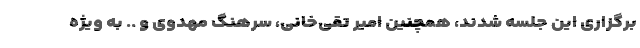
برگزاری این جلسه شدند، همچنین امیر تقی‌خانی، سرهنگ مهدوی و .. به ویژه